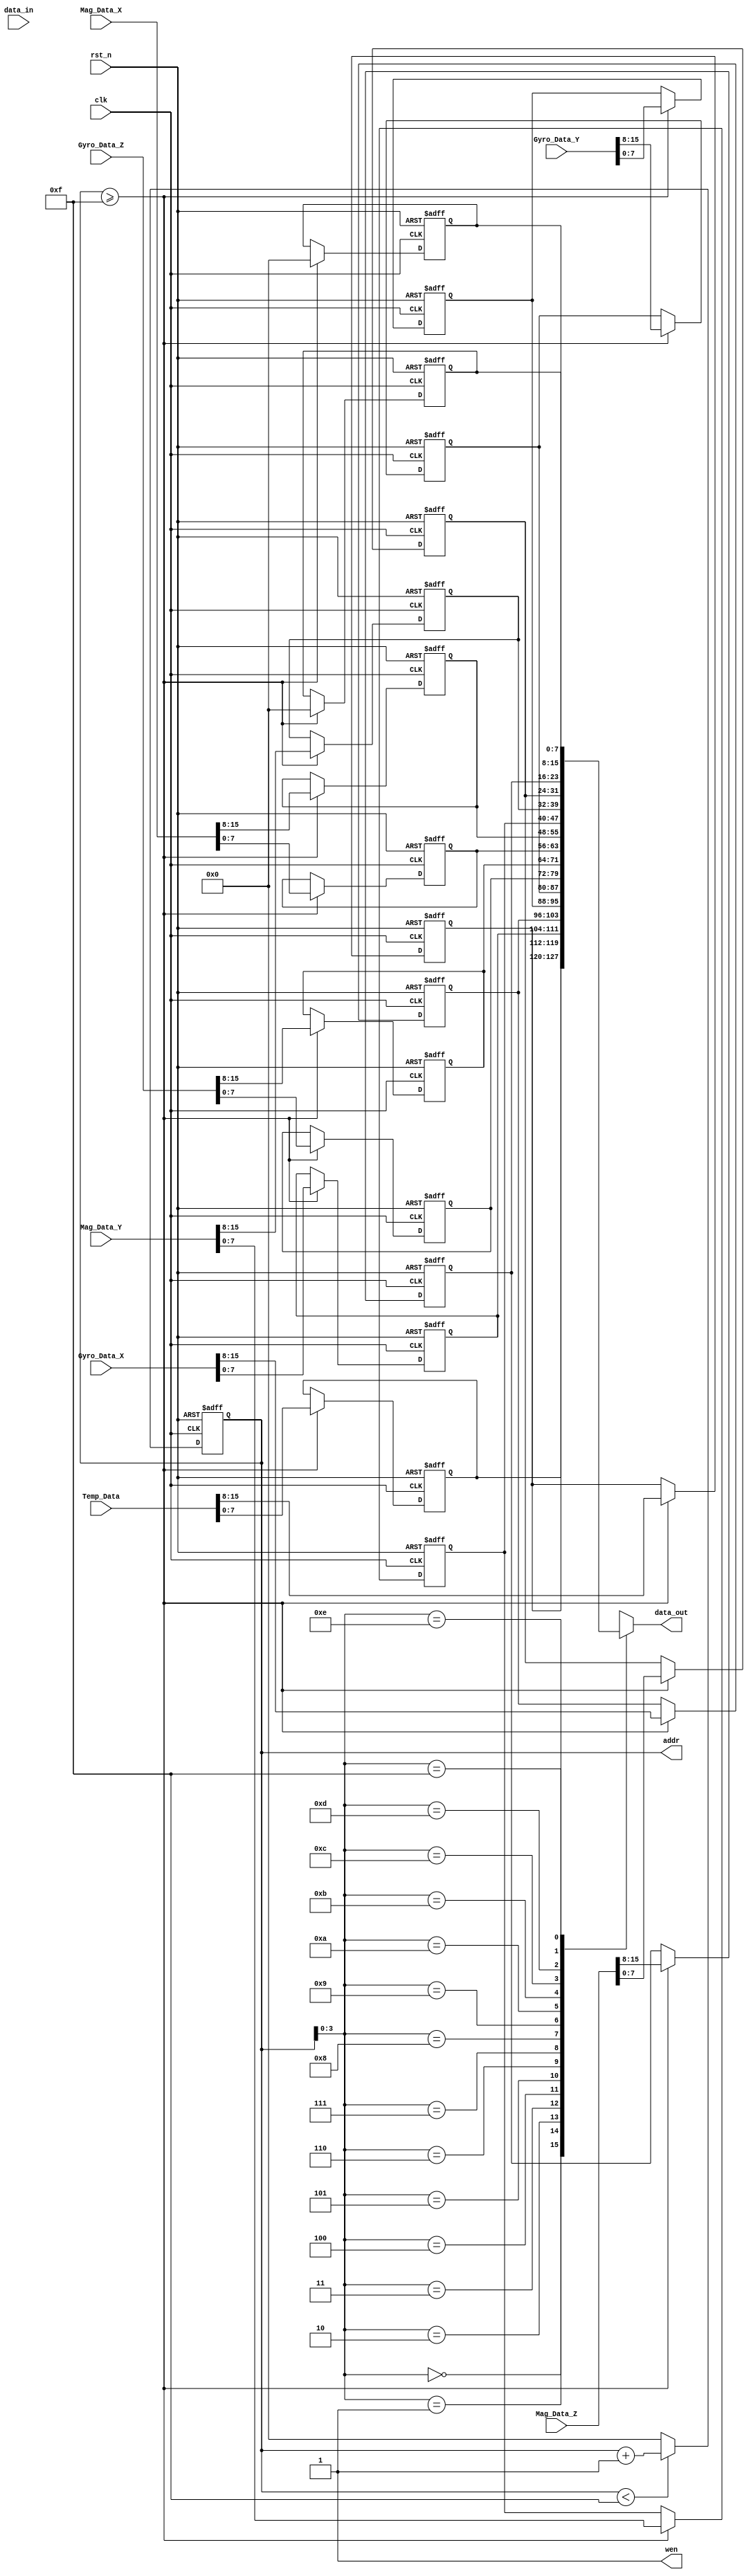
module Gyro2ram(
    input clk,
    input rst_n,
    //Gyro
    input [15:0]Temp_Data,
    input [15:0]Gyro_Data_X,
    input [15:0]Gyro_Data_Y,
    input [15:0]Gyro_Data_Z,
    input [15:0]Mag_Data_X,
    input [15:0]Mag_Data_Y,
    input [15:0]Mag_Data_Z,
    //RAM 
    output reg [7:0] addr,
    input [7:0]data_in,
    output reg [7:0] data_out,
    output reg wen
    );
    reg [7:0] mem [0:15];
    integer i;
    always @(*)
    begin
        wen <= 1;
    end
    
    always @(*)
    begin
        data_out <= mem[addr];
    end
    
    always @(posedge clk,negedge rst_n)
    begin
        if (!rst_n)
        begin
            addr <= 0;
        end
        else
        begin
            if (addr < 15)
                addr <= addr + 1;
            else
                addr <= 0;
        end
    end
    
    always @(posedge clk,negedge rst_n)
    begin
        if (!rst_n)
        begin
            for (i=0;i<=15;i=i+1)
                mem[i] <= 8'd0;
        end
        else
        begin
            if (addr >= 15)
            begin
                mem[0] <= Temp_Data[7:0];
                mem[1] <= Temp_Data[15:8];
                
                mem[2] <= Gyro_Data_X[7:0];
                mem[3] <= Gyro_Data_X[15:8];
                mem[4] <= Gyro_Data_Y[7:0];
                mem[5] <= Gyro_Data_Y[15:8];
                mem[6] <= Gyro_Data_Z[7:0];
                mem[7] <= Gyro_Data_Z[15:8];
                
                mem[8] <= Mag_Data_X[7:0];
                mem[9] <= Mag_Data_X[15:8];
                mem[10] <= Mag_Data_Y[7:0];
                mem[11] <= Mag_Data_Y[15:8];
                mem[12] <= Mag_Data_Z[7:0];
                mem[13] <= Mag_Data_Z[15:8];
                mem[14] <= 8'h00;
                mem[15] <= 8'h00;
            end
        end
    end

endmodule